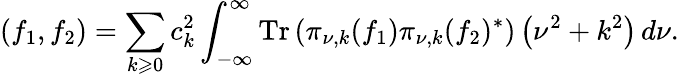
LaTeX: (f_{1},f_{2})=\sum_{k\geqslant 0}c_{k}^{2}\int_{-\infty}^{\infty}\operatorname{Tr}\left(\pi_{\nu,k}(f_{1})\pi_{\nu,k}(f_{2})^{*}\right)\left(\nu^{2}+k^{2}\right)\, d\nu.